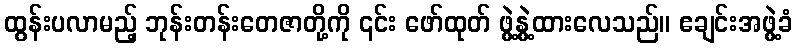
ထွန်းပလာမည့် ဘုန်းတန်းတေဇာတို့ကို ၎င်း ဖော်ထုတ် ဖွဲ့နွဲ့ထားလေသည်။ ဧချင်းအဖွဲ့ခံ